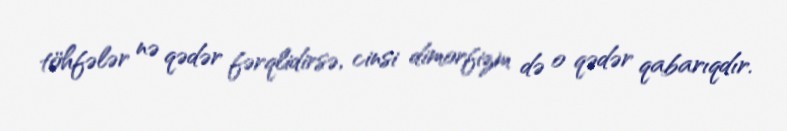
töhfələr nə qədər fərqlidirsə, cinsi dimorfizm də o qədər qabarıqdır.